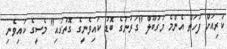
ކުރިއަށް ފަހަތް އެންމެ މަގުބޫލް "ގަރުނުގެ ބޮޑު ކައިވެނީގެ ގޮތުގައި" މެސީގެ ކައިވެނި